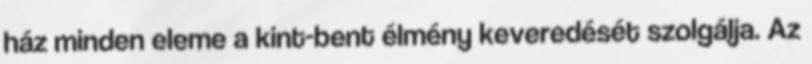
ház minden eleme a kint-bent élmény keveredését szolgálja. Az